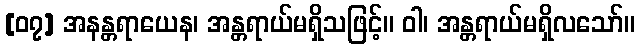
[၀၇] အနန္တရာယေန၊ အန္တရာယ်မရှိသဖြင့်။ ဝါ၊ အန္တရာယ်မရှိလသော်။